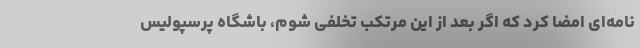
نامه‌ای امضا کرد که اگر بعد از این مرتکب تخلفی شوم، باشگاه پرسپولیس